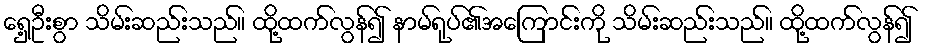
ရှေ့ဦးစွာ သိမ်းဆည်းသည်။ ထို့ထက်လွန်၍ နာမ်ရုပ်၏အကြောင်းကို သိမ်းဆည်းသည်။ ထို့ထက်လွန်၍